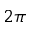
2 \pi